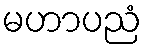
မဟာပညံ